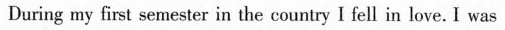
During my first semester in the contry I fell in loe.Iwas